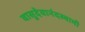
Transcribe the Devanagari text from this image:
वासुदेवानंदस्वामी